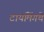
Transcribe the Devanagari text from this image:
टायमिंगचे